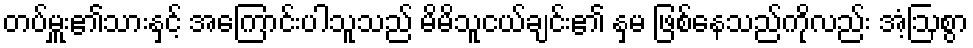
တပ်မှူး၏သားနှင့် အကြောင်းပါသူသည် မိမိသူငယ်ချင်း၏ နှမ ဖြစ်နေသည်ကိုလည်း အံ့ဩစွာ